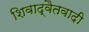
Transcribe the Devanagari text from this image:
शिवाद्वैतवादी